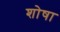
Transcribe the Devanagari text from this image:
शोषा